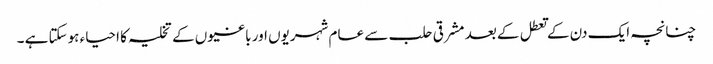
چنانچہ ایک دن کے تعطل کے بعد مشرقی حلب سے عام شہریوں اور باغیوں کے تخلیہ کا احیاء ہوسکتا ہے ۔